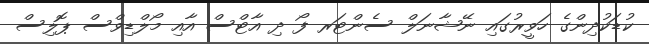
ކުޑަކުދިންގެ ހަވީރުގައި ނޭޝާނަލް ސެންޓަރ ފޯ ދި އާޓްސް އާއި މޯލްޑިވްސް ޕޮލިސް